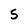
Character: 5